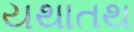
યથાતથ